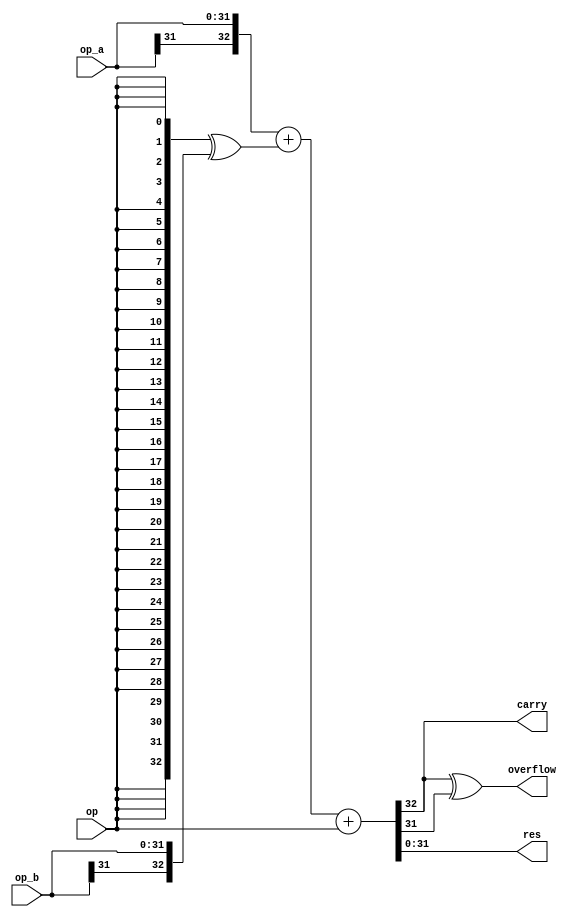
// This program was cloned from: https://github.com/esda-inesc-id/pt-float
// License: MIT License

`timescale 1ns / 1ps

module iob_addsub
  #(
    parameter DATA_W = 32
    )
   (
    input [DATA_W-1:0]  op_a,
    input [DATA_W-1:0]  op_b,

    input               op,

    output [DATA_W-1:0] res,
    output              carry,
    output              overflow
    );

   wire [DATA_W:0]      res_int;
   assign res_int = {op_a[DATA_W-1], op_a} + ({(DATA_W+1){op}} ^ {op_b[DATA_W-1], op_b}) + {{(DATA_W){1'b0}}, op};

   assign res = res_int[DATA_W-1:0];
   assign carry = res_int[DATA_W];
   assign overflow = res_int[DATA_W] ^ res_int[DATA_W-1];

endmodule